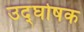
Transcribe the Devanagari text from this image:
उद्‍घोषक